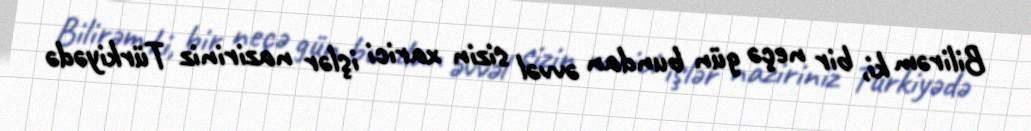
Bilirəm ki, bir neçə gün bundan əvvəl sizin xarici işlər naziriniz Türkiyədə